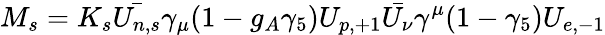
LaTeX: M_{s}=K_{s}\bar{U_{n,s}}\gamma_{\mu}(1-g_{A}\gamma_{5})U_{p,+1}\bar{U_{\nu}}\gamma^{\mu}(1-\gamma_{5})U_{e,-1}